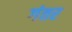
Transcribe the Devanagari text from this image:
गंतर